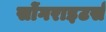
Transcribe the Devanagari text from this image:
सोंगराइटर्स